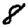
Digit: 8